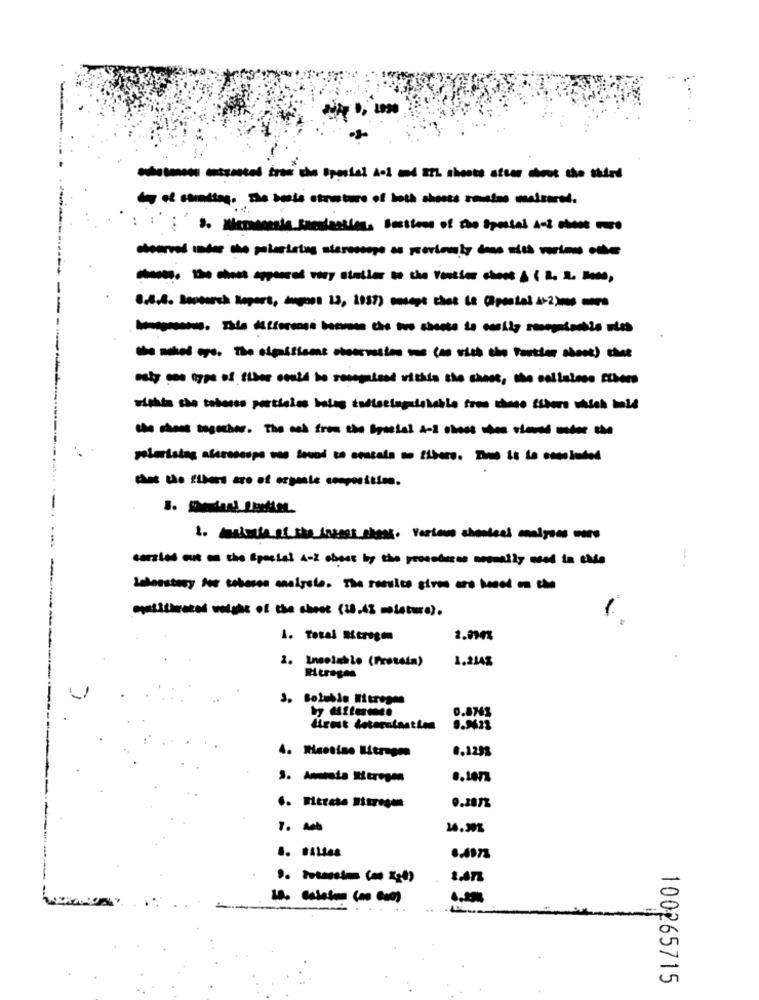
+4
-
: : : . Normale Succession, Sections of the Spostal Acl che
---------
8.4.4. Mapaarch Report, inpost 13, 1937) smagt chot &e (postal 4-200 mega
poty gon type of fiber could be rosegaissd vithis the chees, the collatese Sthers
więkła she bebocon particles bolos żodiezinguishable fre choso Sóboro which bald
-
carried out on the Special 4-2 chocs by the proochusce nomally med in chle
opatitirazed volahc of the chest (18.42 moisture).
1. Total Strogen
2. Insoluble (Protein)
1.2143
3. Soluble Mitrepos
0.8763
frost deterniastien
0.1293
0.287%
1. Ach
100265715